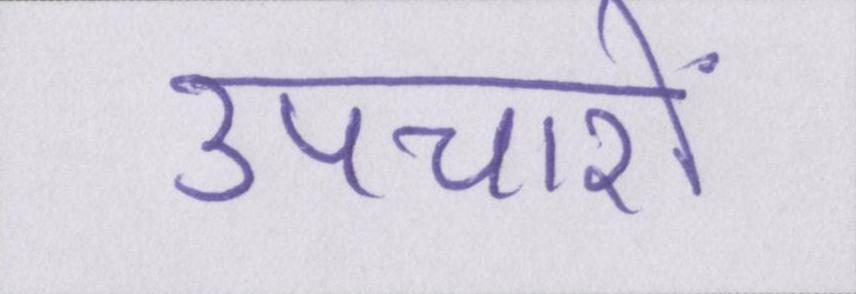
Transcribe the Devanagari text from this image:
उपचारों